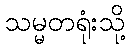
သမ္မတရုံးသို့